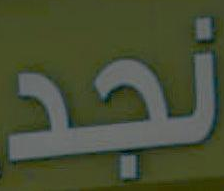
نجد